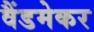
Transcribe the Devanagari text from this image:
वैंडमेकर